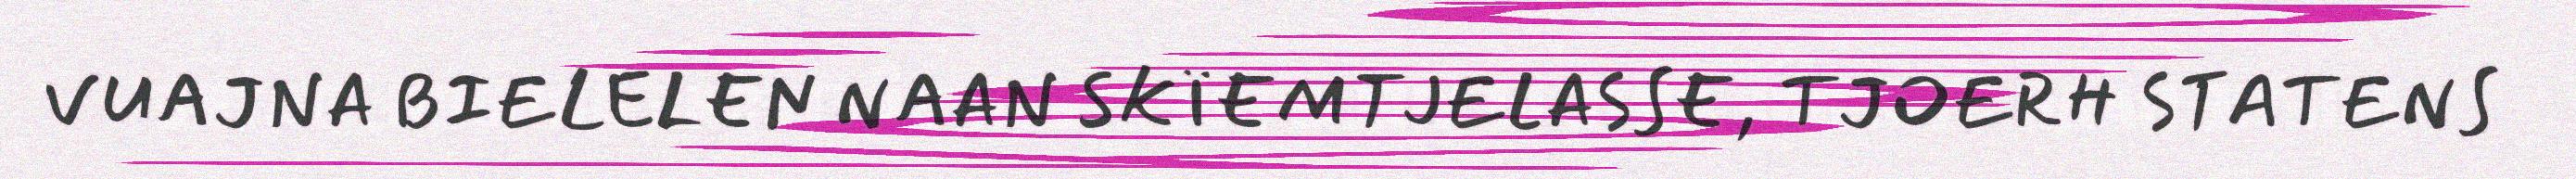
VUAJNA BIELELEN NAAN SKÏEMTJELASSE, TJOERH STATENS